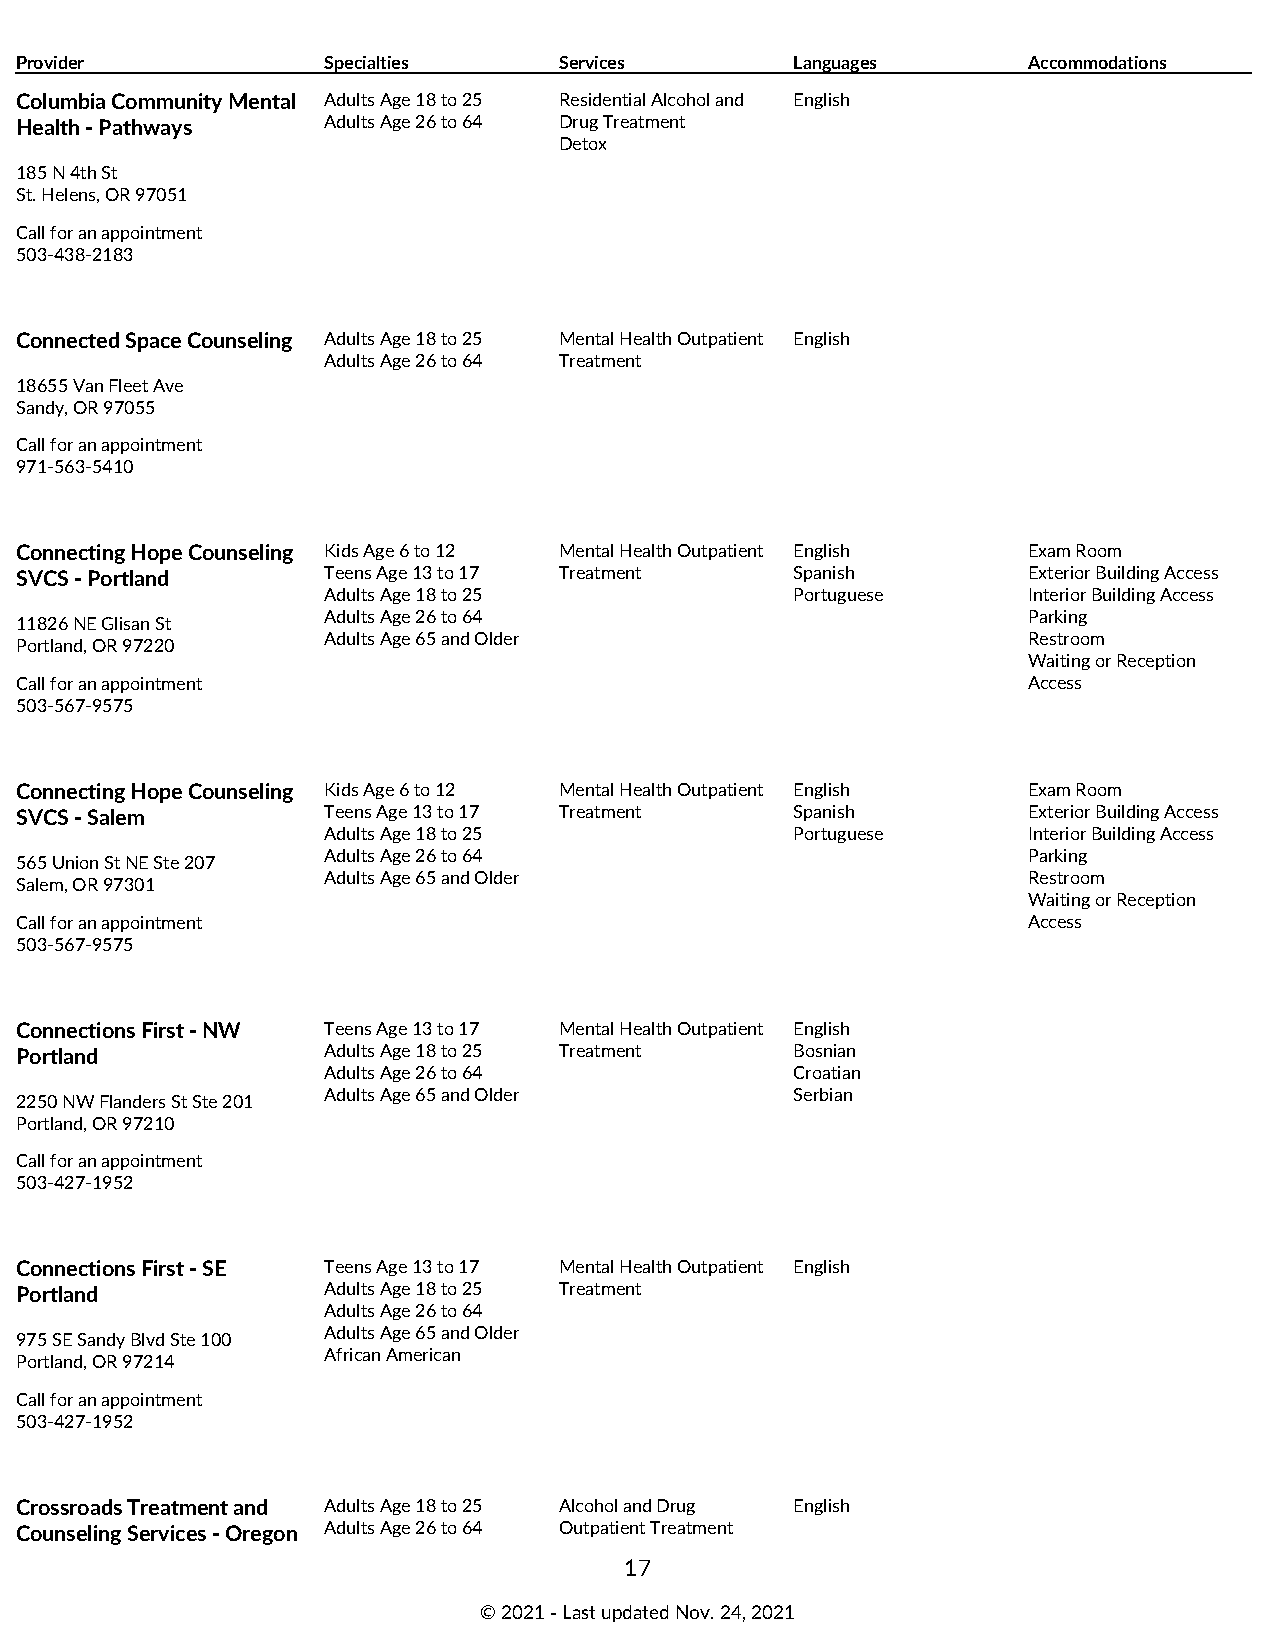
Provider            Specialties     Services        Languages      Accommodations
 Columbia Community Mental Adults Age 18 to 25 Residential Alcohol and English
 Health - Pathways   Adults Age 26 to 64 Drug Treatment
 Detox
 185 N 4th St
 St. Helens, OR 97051
 Call for an appointment
 503-438-2183
 Connected Space Counseling Adults Age 18 to 25 Mental Health Outpatient English
 Adults Age 26 to 64 Treatment
 18655 Van Fleet Ave
 Sandy, OR 97055
 Call for an appointment
 971-563-5410
 Connecting Hope Counseling Kids Age 6 to 12 Mental Health Outpatient English Exam Room
 SVCS - Portland     Teens Age 13 to 17 Treatment    Spanish        Exterior Building Access
 Adults Age 18 to 25             Portuguese     Interior Building Access
 Adults Age 26 to 64                            Parking
 11826 NE Glisan St
 Adults Age 65 and Older                        Restroom
 Portland, OR 97220
 Waiting or Reception
 Call for an appointment                                            Access
 503-567-9575
 Connecting Hope Counseling Kids Age 6 to 12 Mental Health Outpatient English Exam Room
 SVCS - Salem        Teens Age 13 to 17 Treatment    Spanish        Exterior Building Access
 Adults Age 18 to 25             Portuguese     Interior Building Access
 Adults Age 26 to 64                            Parking
 565 Union St NE Ste 207
 Adults Age 65 and Older                        Restroom
 Salem, OR 97301
 Waiting or Reception
 Call for an appointment                                            Access
 503-567-9575
 Connections First - NW Teens Age 13 to 17 Mental Health Outpatient English
 Portland            Adults Age 18 to 25 Treatment   Bosnian
 Adults Age 26 to 64             Croatian
 Adults Age 65 and Older         Serbian
 2250 NW Flanders St Ste 201
 Portland, OR 97210
 Call for an appointment
 503-427-1952
 Connections First - SE Teens Age 13 to 17 Mental Health Outpatient English
 Portland            Adults Age 18 to 25 Treatment
 Adults Age 26 to 64
 Adults Age 65 and Older
 975 SE Sandy Blvd Ste 100
 African American
 Portland, OR 97214
 Call for an appointment
 503-427-1952
 Crossroads Treatment and Adults Age 18 to 25 Alcohol and Drug English
 Counseling Services - Oregon Adults Age 26 to 64 Outpatient Treatment
 17
 © 2021 ‑ Last updated Nov. 24, 2021